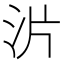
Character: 沜